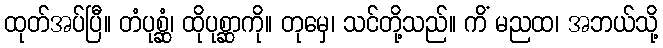
ထုတ်အပ်ပြီ။ တံပုစ္ဆံ၊ ထိုပုစ္ဆာကို။ တုမှေ၊ သင်တို့သည်။ ကိံ မညထ၊ အဘယ်သို့